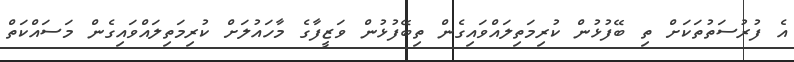
އެ ފުރުސަތުތަކަށް ތި ބޭފުޅުން ކުރިމަތިލައްވައިގެން ތިބޭފުޅުން ވަޒީފާގެ މާހައުލަށް ކުރިމަތިލައްވައިގެން މަސައްކަތް